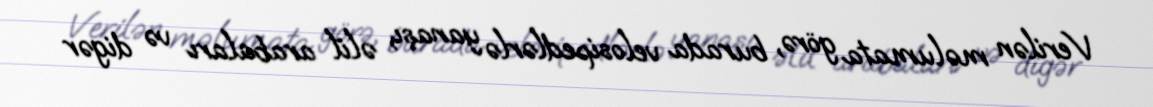
Verilən məlumata görə, burada velosipedlərlə yanaşı, əlil arabaları və digər